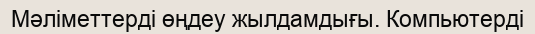
Мәліметтерді өңдеу жылдамдығы. Компьютерді